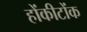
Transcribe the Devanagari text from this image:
होंकीटोंक